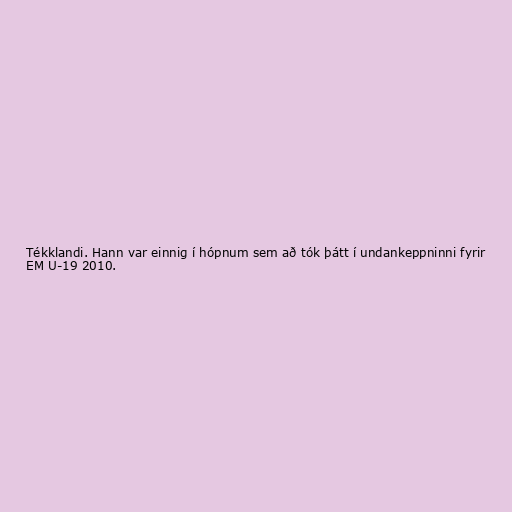
Tékklandi. Hann var einnig í hópnum sem að tók þátt í undankeppninni fyrir
EM U-19 2010.